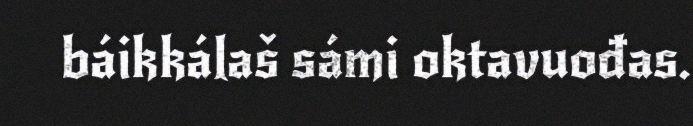
báikkálaš sámi oktavuođas.